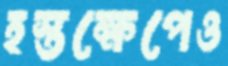
হস্তক্ষেপেও